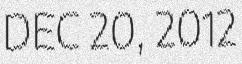
DEC 20, 2012